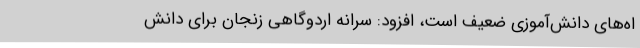
اه‌های دانش‌آموزی ضعیف است، افزود: سرانه اردوگاهی زنجان برای دانش